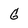
Character: G